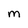
Character: m